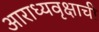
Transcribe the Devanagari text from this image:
आराध्यवृक्षाची